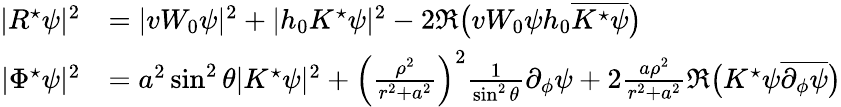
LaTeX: \begin{array}{rl}{|R^{\star}\psi|^{2}}&{=|vW_{0}\psi|^{2}+|h_{0}K^{\star}\psi|^{2}-2\mathfrak{R}\big(vW_{0}\psi h_{0}\overline{{K^{\star}\psi}}\big)}\\ {|\Phi^{\star}\psi|^{2}}&{=a^{2}\sin^{2}\theta|K^{\star}\psi|^{2}+\left(\frac{\rho^{2}}{r^{2}+a^{2}}\right)^{2}\frac{1}{\sin^{2}\theta}\partial_{\phi}\psi+2\frac{a\rho^{2}}{r^{2}+a^{2}}\mathfrak{R}\big(K^{\star}\psi\overline{{\partial_{\phi}\psi}}\big)}\end{array}